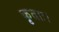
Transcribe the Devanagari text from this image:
कृताः।